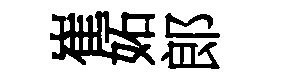
崔妬郎